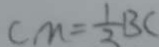
C M = \frac { 1 } { 2 } B C